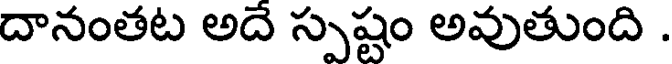
దానంతట అదే స్పష్టం అవుతుంది .